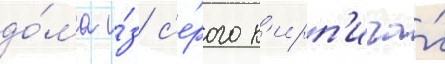
до́ма и́з с'е́рого к'ирп'ича́